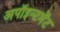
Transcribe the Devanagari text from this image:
अपॉइन्टमेंट